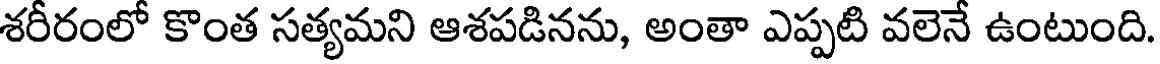
శరీరంలో కొంత సత్యమని ఆశపడినను, అంతా ఎప్పటి వలెనే ఉంటుంది